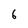
Character: 6